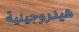
ھيدروجينية